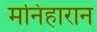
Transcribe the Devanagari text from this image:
मनिहारान